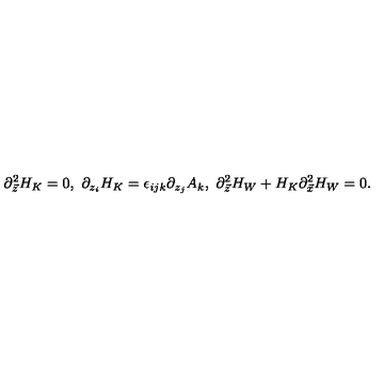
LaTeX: \partial _ { \vec { z } } ^ { 2 } H _ { K } = 0 , \ \partial _ { z _ { i } } H _ { K } = \epsilon _ { i j k } \partial _ { z _ { j } } A _ { k } , \ \partial _ { \vec { z } } ^ { 2 } H _ { W } + H _ { K } \partial _ { \vec { x } } ^ { 2 } H _ { W } = 0 .